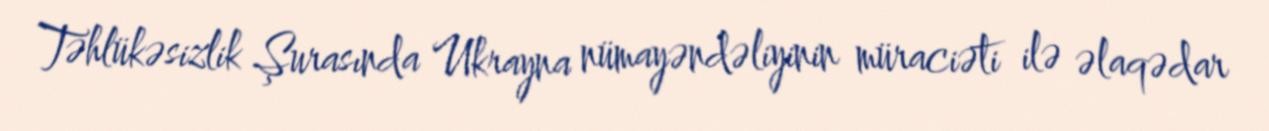
Təhlükəsizlik Şurasında Ukrayna nümayəndəliyinin müraciəti ilə əlaqədar